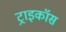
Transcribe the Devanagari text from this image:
ट्राइकॉस